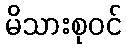
မိသားစုဝင်